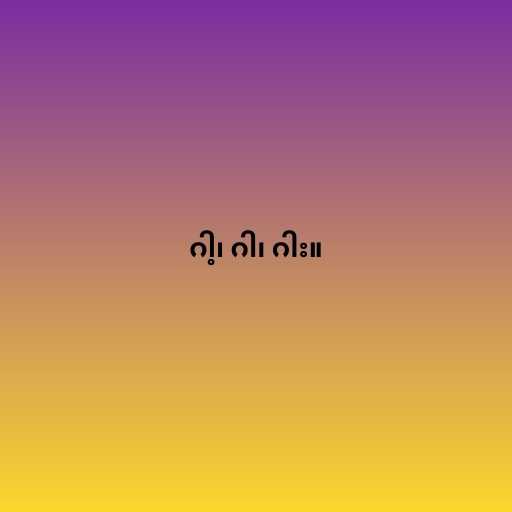
ဂါ့၊ ဂါ၊ ဂါး။